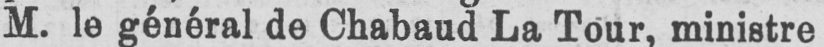
M. le général de Chabaud La Tour, ministre